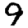
Digit: 9